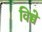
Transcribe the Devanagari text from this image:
विच्चे